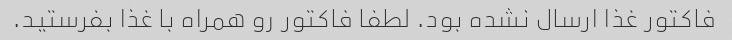
فاکتور غذا ارسال نشده بود. لطفا فاکتور رو همراه با غذا بفرستید.